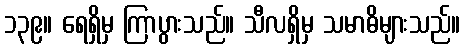
၁၃၉။ ရေရှိမှ ကြာပွားသည်။ သီလရှိမှ သမာဓိများသည်။